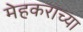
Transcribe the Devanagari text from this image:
मेहकराच्या